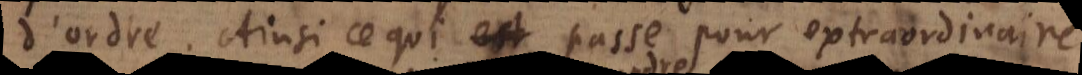
d’ordre. Ainsi ce qui passe pour extraordinaire,